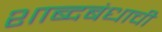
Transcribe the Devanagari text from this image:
शाब्दबंधाची